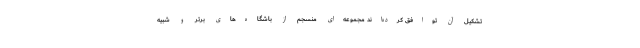
تشکیل آن توافق کرده‌اند مجموعه‌ای منسجم از باشگاه‌های برتر و شبیه